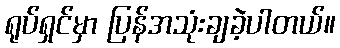
ရုပ်ရှင်မှာ ပြန်အသုံးချခဲ့ပါတယ်။